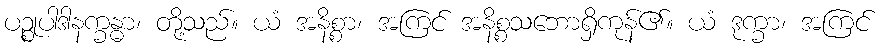
ပဉ္စုပါဒါနက္ခန္ဓာ၊ တို့သည်။ ယံ အနိစ္စာ၊ အကြင် အနိစ္စသဘောရှိကုန်၏။ ယံ ဒုက္ခာ၊ အကြင်